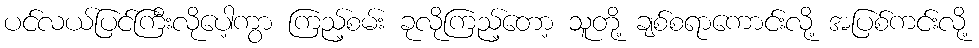
ပင်လယ်ပြင်ကြီးလိုပေါ့ကွာ ကြည့်စမ်း ခုလိုကြည့်တော့ သူတို့ ချစ်စရာကောင်းလို့ အပြစ်ကင်းလို့